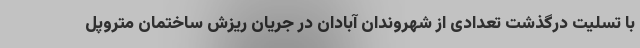
با تسلیت درگذشت تعدادی از شهروندان آبادان در جریان ریزش ساختمان متروپل